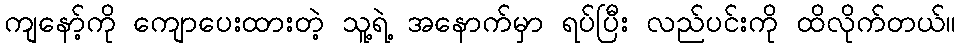
ကျနော့်ကို ကျောပေးထားတဲ့ သူ့ရဲ့ အနောက်မှာ ရပ်ပြီး လည်ပင်းကို ထိလိုက်တယ်။